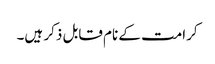
کرامت کے نام قابل ذکر ہیں۔